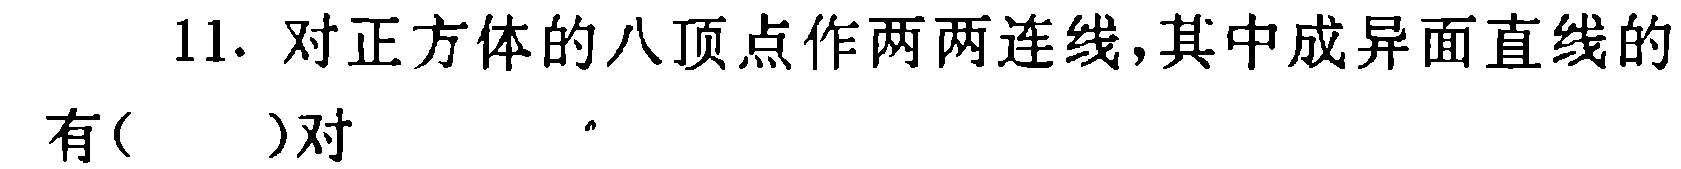
11. 对正方体的八顶点作两两连线,其中成异面直线的有( )对